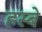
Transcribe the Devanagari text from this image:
हस्बे